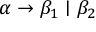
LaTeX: \alpha \rightarrow \beta _ { 1 } \mid \beta _ { 2 }